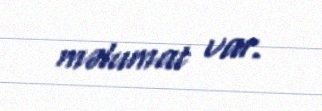
məlumat var.